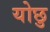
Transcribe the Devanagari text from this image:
योछु